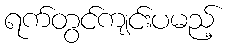
ရက်တွင်ကျင်းပမည့်